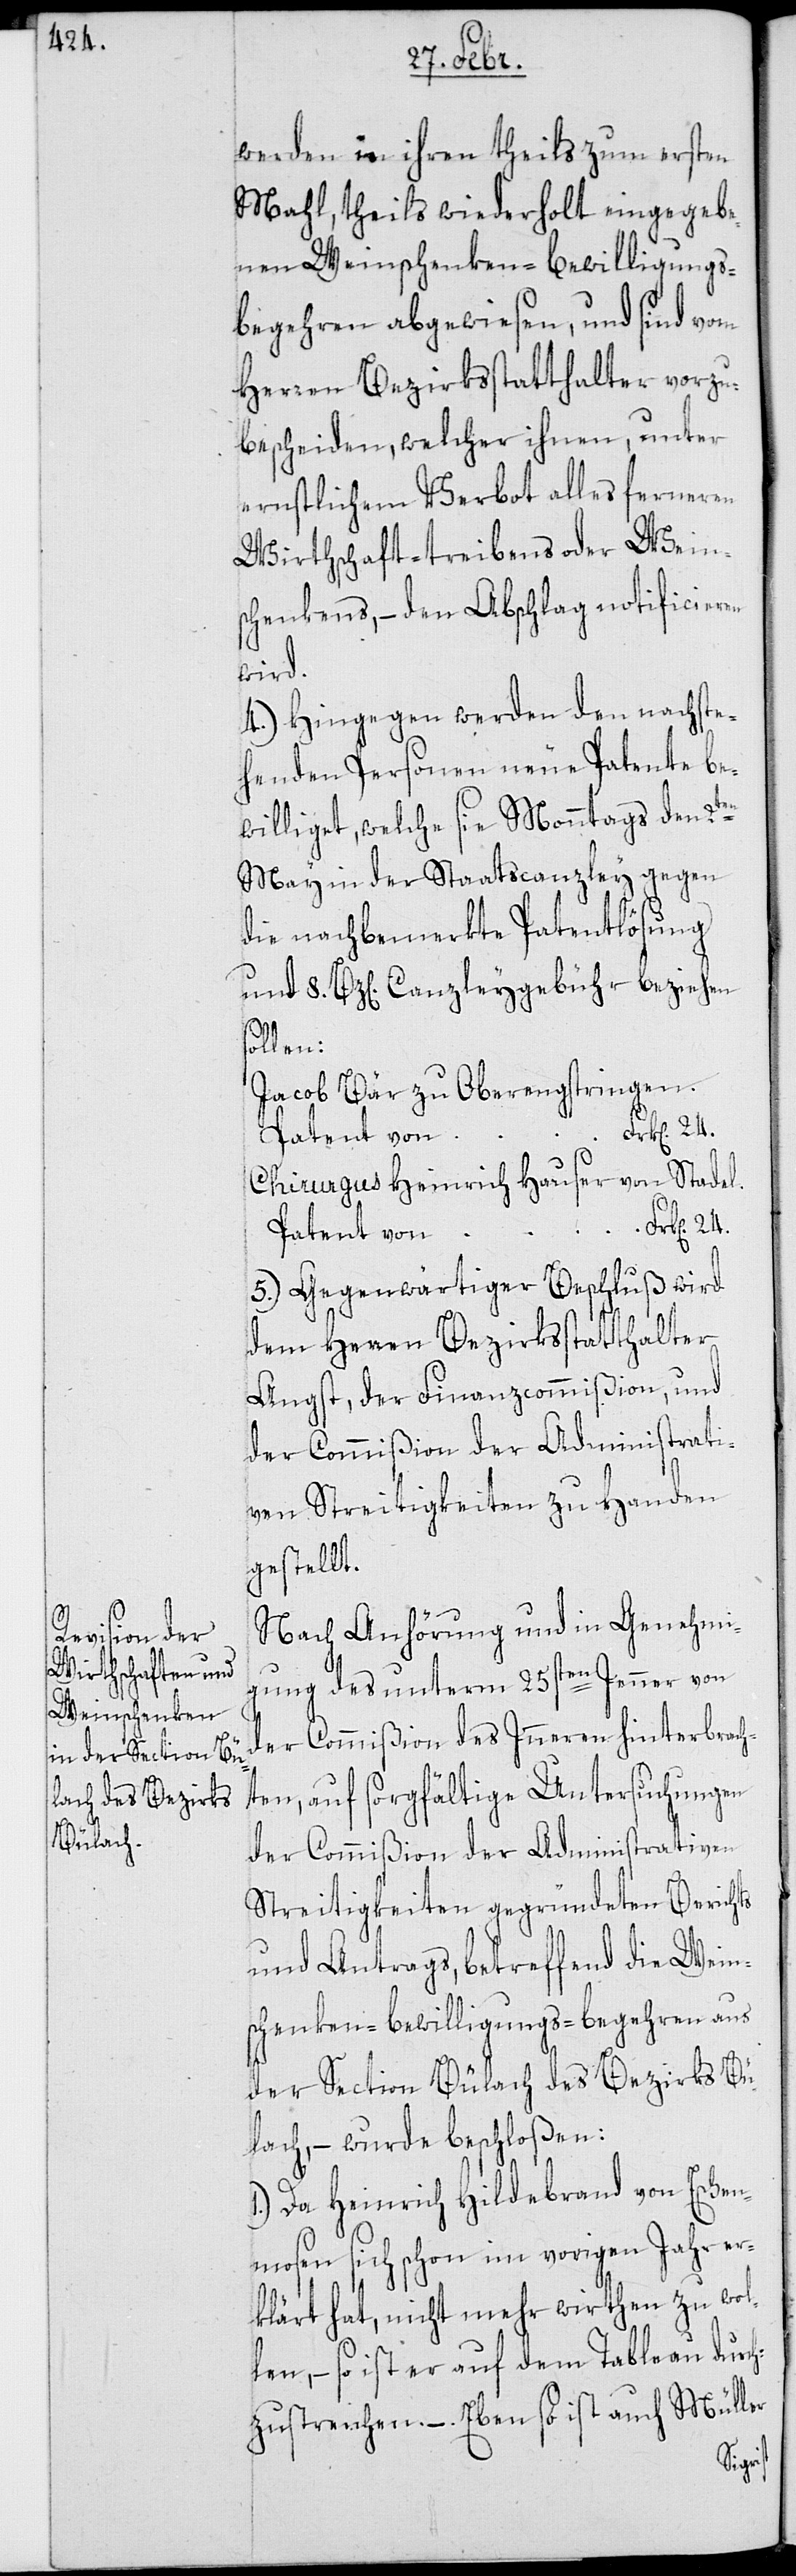
werden in ihren theils zum ersten
Mahl, theils wiederholt eingegebe¬
nen Weinschenken-Bewilligungs¬
begehren abgewiesen, und sind vom
Herren Bezirksstatthalter vorzu¬
bescheiden, welcher ihnen, unter
ernstlichem Verbot alles ferneren
Wirthschafttreibens oder Wein¬
schenkens, – den Abschlag notificieren
wird.
4.) Hingegen werden den nachste¬
henden Personen neue Patente be¬
williget, welche sie Monntags den 2ten
May in der Staatscanzley gegen
die nachbemerkte Patentlösung
und 8 Bz[en]. Canzleygebühr beziehen
len:
Jacob Bär zu Oberengstringen,
24.
Chirurgus Heinrich Hauser von Stadel,
Patent von
5.) Gegenwärtiger Beschluß wird
dem Herren Bezirksstatthalter
Angst, der Finanzcommißion, und
der Commißion der Administrati¬
ven Streitigkeiten zu Handen
gestellt.
Nach Anhörung und in Genehmi¬
gung des unterm 25sten Jenner von
der Commißion des Inneren hinterbrach¬
ten, auf sorgfältige Untersuchungen
der Commißion der Administrativen
Streitigkeiten gegründeten Berichts
und Antrags, betreffend die Wein¬
schenken-Bewilligungs-Begehren aus
der Section Bülach des Bezirks Bü¬
lach, – wurde beschloßen:
1.) Da Heinrich Hildebrand von Eschen¬
mosen sich schon im vorigen Jahr er¬
klärt hat, nicht mehr wirthen zu wol¬
len, so ist er auf dem Tableau durch¬
zustreichen. – Ebenso ist auch Müller